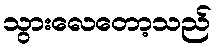
သွားလေတော့သည်